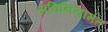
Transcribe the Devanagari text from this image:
अधिनियामंत